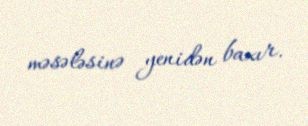
məsələsinə yenidən baxır.